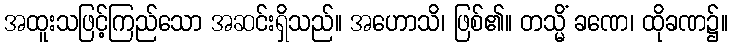
အထူးသဖြင့်ကြည်သော အဆင်းရှိသည်။ အဟောသိ၊ ဖြစ်၏။ တသ္မိံ ခဏေ၊ ထိုခဏ၌။